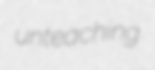
unteaching